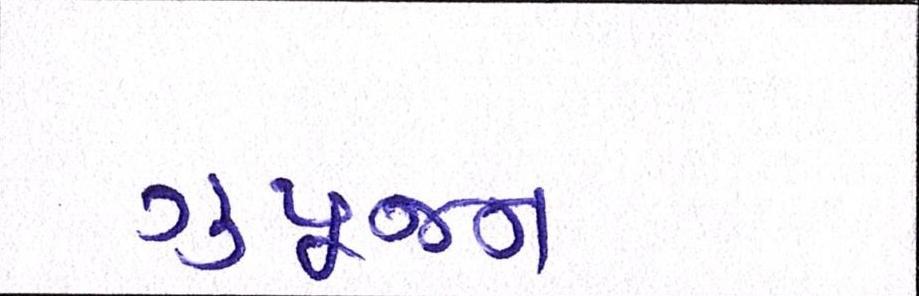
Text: ગુપૂજન